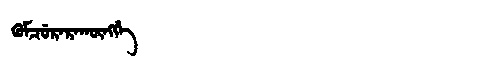
Manchu: ᡴᡠᠮᠴᡠᡵᡝᡵᠠᡴᡡᠩᡤᡝ
Romanization: KUMCURERAKŪNGGE